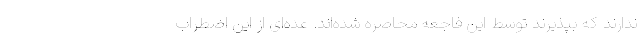
ندارند که بپذیرند توسط این فاجعه محاصره شده‌اند. عده‌ای از این اضطراب